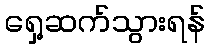
ရှေ့ဆက်သွားရန်